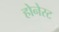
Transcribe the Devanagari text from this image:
होनेस्ट